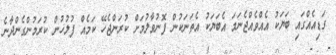
ގަޑިއެއްގައި ބަޔަކު އެއްވެއްޖެނަމަ އެބަޔަކު އެތަނަކުން ފޮނުވާލުމަށް ކުރަންޖެހޭ ކަމެއް ފުލުހުން ކުރަމުންގެންދާނެ